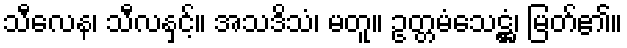
သီလေန၊ သီလနှင့်။ အသဒိသံ၊ မတူ။ ဥတ္တမံသေဋ္ဌံ၊ မြတ်၏။